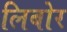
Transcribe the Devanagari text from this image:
लिबोर